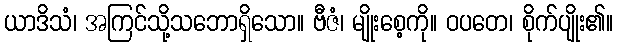
ယာဒိသံ၊ အကြင်သို့သဘောရှိသော။ ဗီဇံ၊ မျိုးစေ့ကို။ ဝပတေ၊ စိုက်ပျိုး၏။